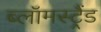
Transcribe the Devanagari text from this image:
ब्लॉमस्ट्रैंड